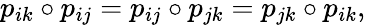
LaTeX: p_{ik}\circ p_{ij}=p_{ij}\circ p_{jk}=p_{jk}\circ p_{ik},